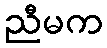
ညီမက